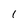
Character: 1